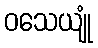
ဝသေယျုံ